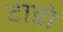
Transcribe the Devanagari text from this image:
टाडो